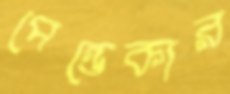
পেন্ডেকার